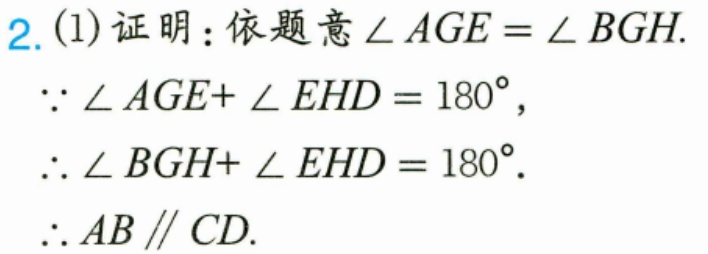
2. (1)证明：依题意\(\angle AGE = \angle BGH\).
\(\because\angle AGE+\angle EHD = 180^{\circ}\)，
\(\therefore\angle BGH+\angle EHD = 180^{\circ}\).
\(\therefore AB\parallel CD\).